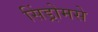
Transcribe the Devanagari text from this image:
सिंड्रोमसे